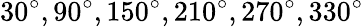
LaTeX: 30^{\circ},90^{\circ},150^{\circ},210^{\circ},270^{\circ},330^{\circ}